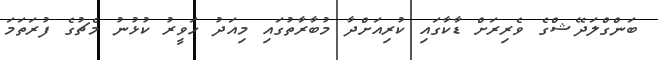
ބަންގްލަދޭޝްގެ ވެރިރަށް ޑާކާގައި ކުރިއަށްދާ މުބާރާތުގައި މިއަދު ހަވީރު ކުޅުނު މެޗުގެ ފުރަތަމަ